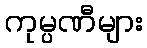
ကုမ္ပဏီများ